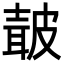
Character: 𭽯